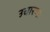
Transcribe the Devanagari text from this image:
उचारणः